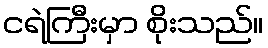
ငရဲကြီးမှာ စိုးသည်။